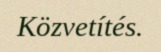
Közvetítés.